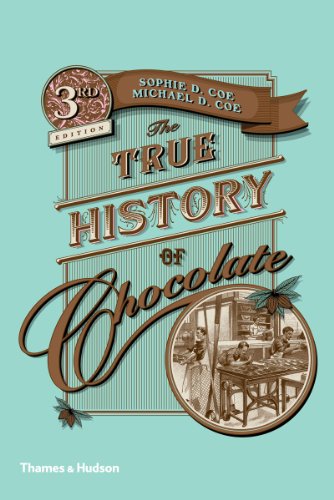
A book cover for The True History of Chocolate; Sophie D. Coe; Cookbooks, Food & Wine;